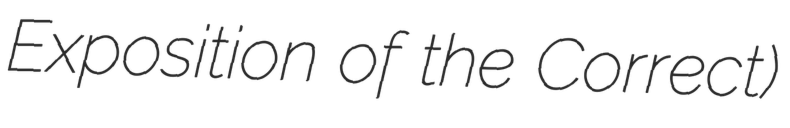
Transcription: Exposition of the Correct)